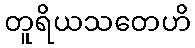
တူရိယသတေဟိ